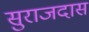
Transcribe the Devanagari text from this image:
सुराजदास